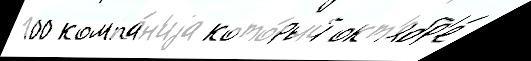
100 компа́н'иjа кото́рый окт'ябр'е́